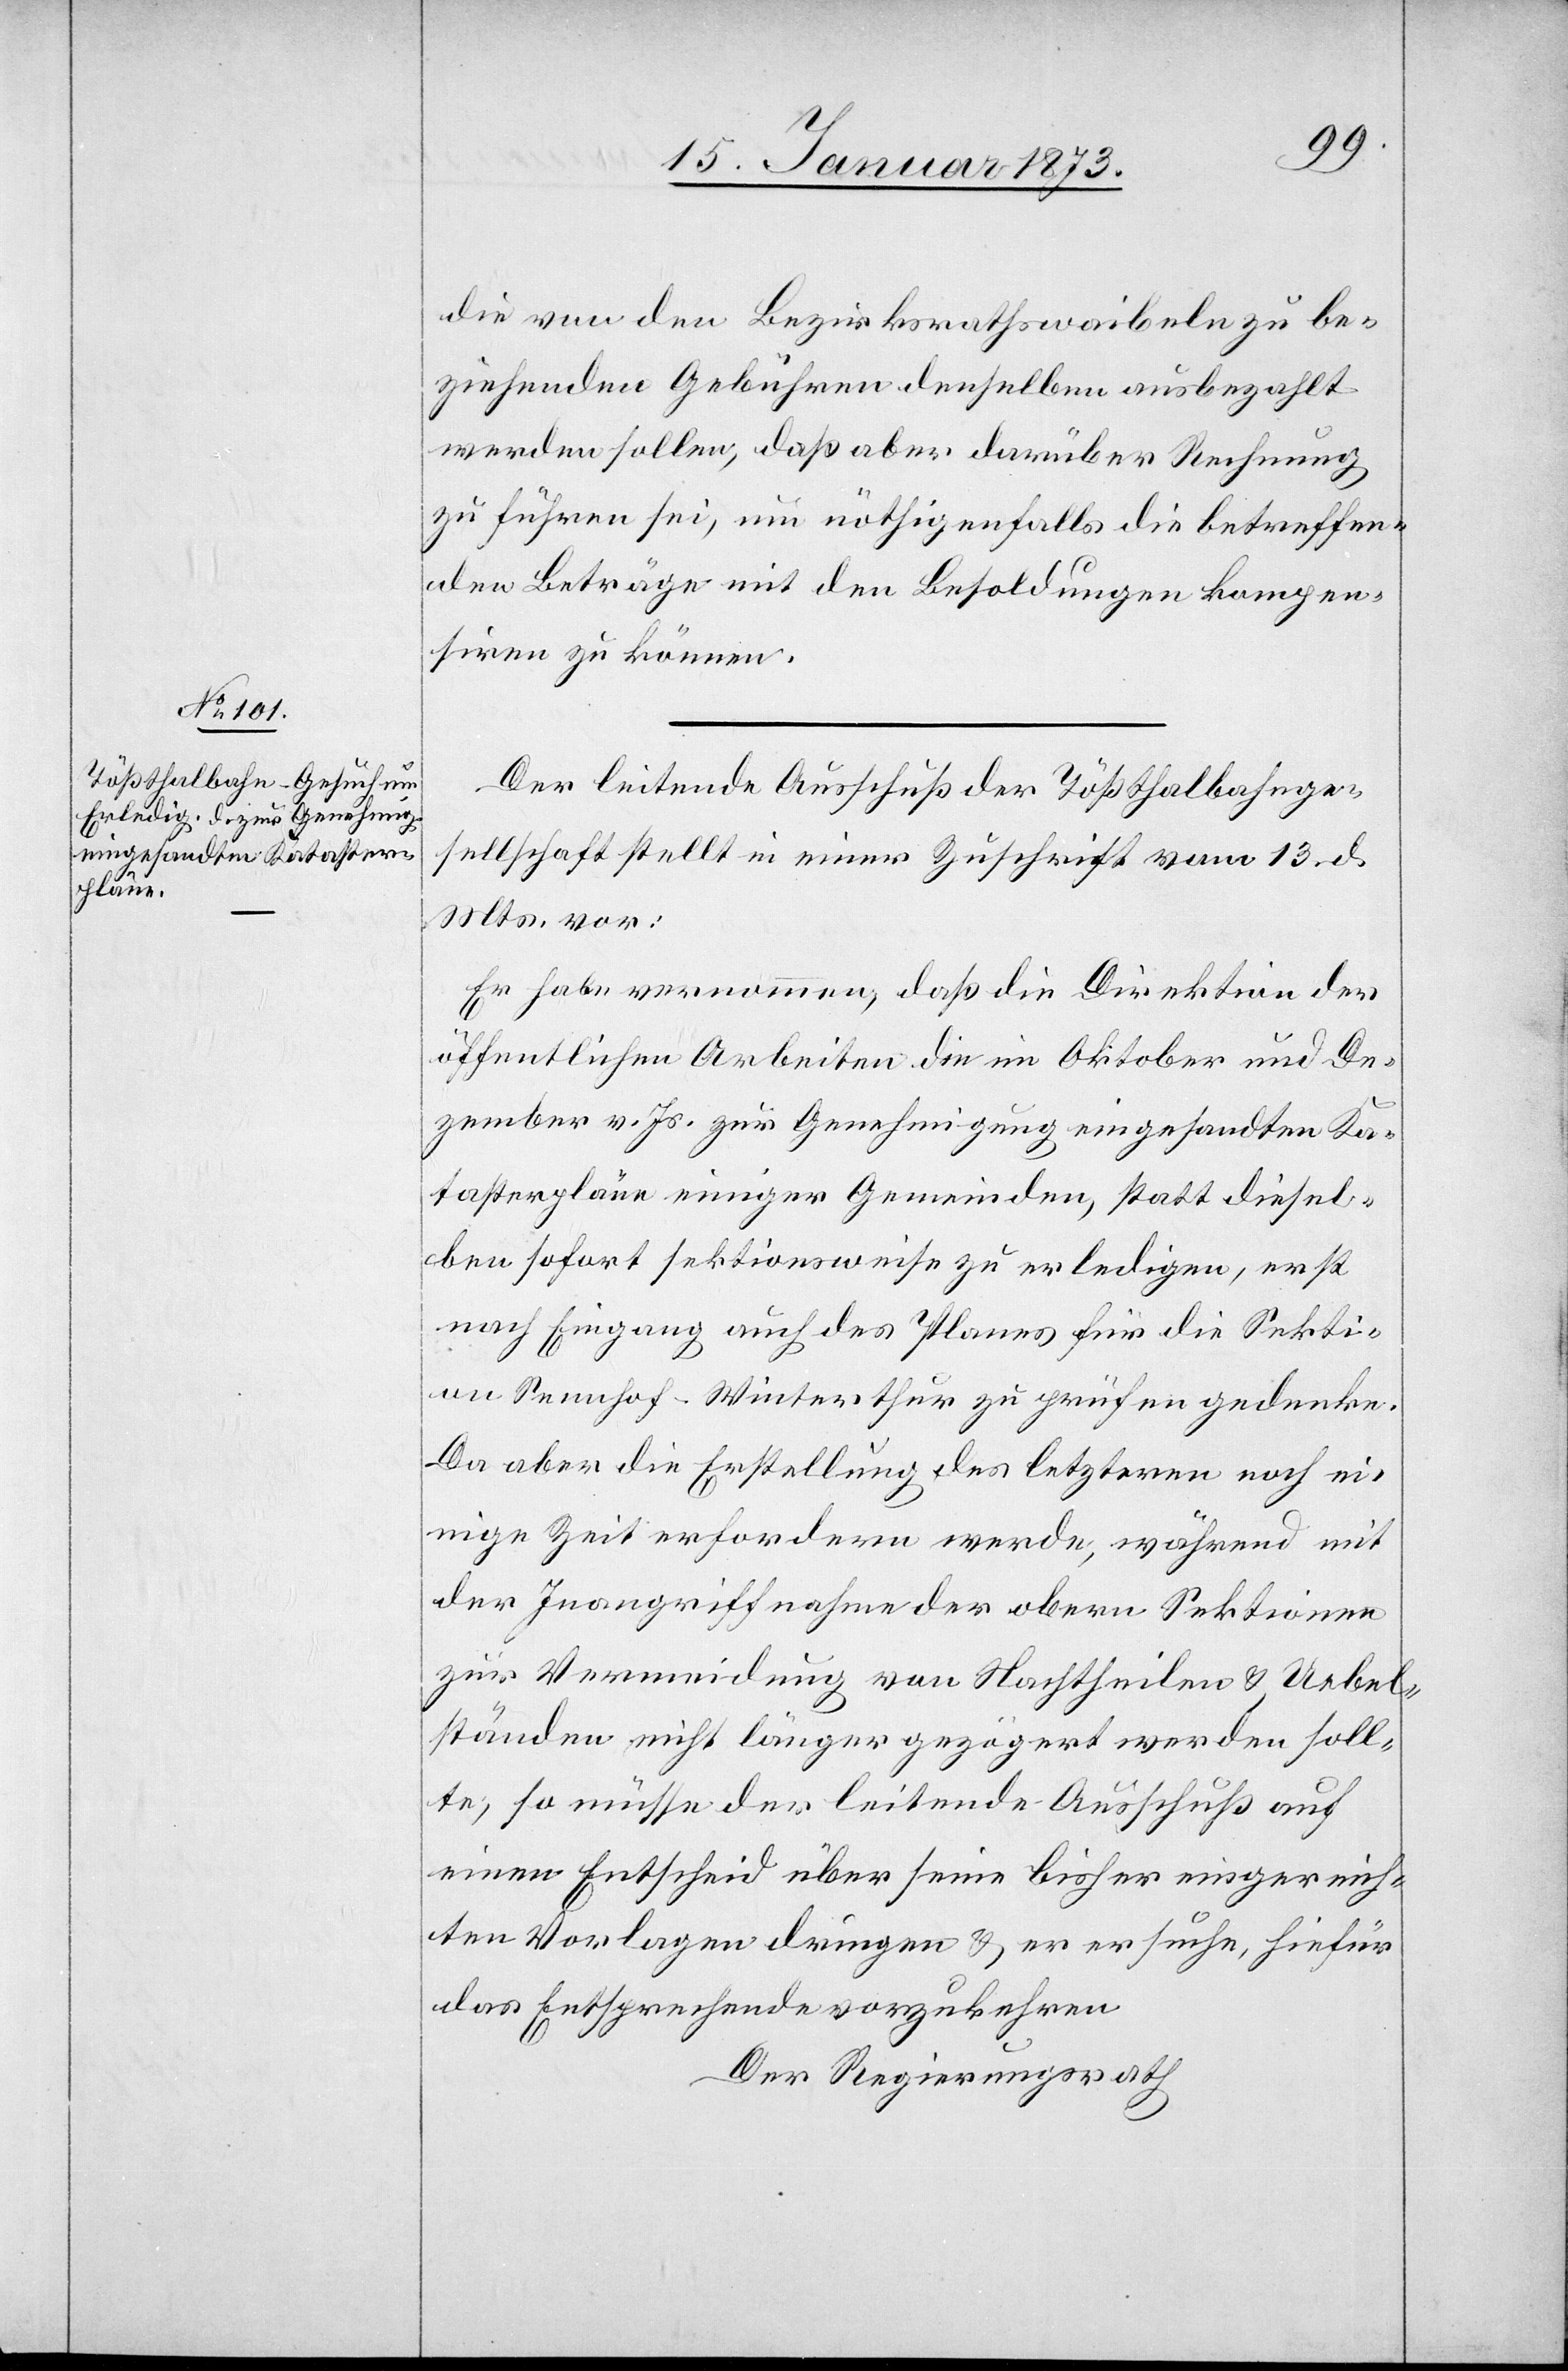
die von den Bezirkrathswaibeln zu be¬
ziehenden Gebühren denselben ausbezahlt
werden sollen, daß aber darüber Rechnung
zu führen sei, um nöthigenfalls die betreffen¬
den Beträge mit den Besoldungen kompen¬
siren zu können.
Der leitende Ausschuß der Tößthalbahnge¬
sellschaft stellt in einer Zuschrift vom 13. d.
Mts. vor:
Er habe vernommen, daß die Direktion der
öffentlichen Arbeiten die im Oktober und De¬
zember v. Js. zur Genehmigung eingesandten Ka¬
tasterpläne einiger Gemeinden, statt diesel¬
ben sofort sektionsweise zu erledigen, erst
nach Eingang auch des Planes für die Sekti¬
on Sennhof-Winterthur zu prüfen gedenke.
Da aber die Erstellung des letzteren noch ei¬
nige Zeit erfordern werde, während mit
der Inangriffnahme der obern Sektionen
zur Vermeidung von Nachtheilen u. Uebel¬
ständen nicht länger gezögert werden soll¬
te, so müsse der leitende Ausschuß auf
einen Entscheid über seine bisher eingereich¬
ten Vorlagen dringen u. er ersuche, hiefür
das Entsprechende vorzukehren.
Der Regierungsrath